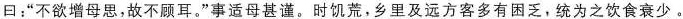
曰：”不欲增母思，故不顾耳。”事适母甚谨。时饥荒，乡里及远方客多有困乏，\underline{统为之饮食衰少}。